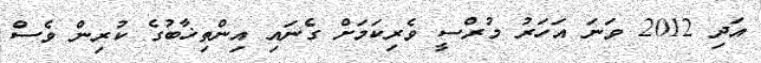
އަދި 2012 ވަނަ އަހަރު މުރްސީ ވެރިކަމަށް ގެނައި އިންތިޚާބުގެ ކުރިން ވެސް